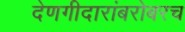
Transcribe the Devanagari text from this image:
देणगीदारांबरोबरच